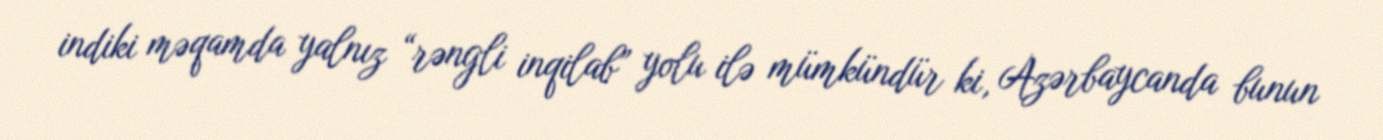
indiki məqamda yalnız “rəngli inqilab” yolu ilə mümkündür ki, Azərbaycanda bunun